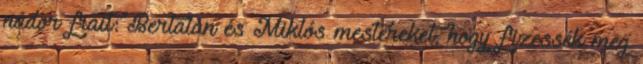
nádor fiait: Bertalan és Miklós mestereket, hogy fizessék meg